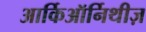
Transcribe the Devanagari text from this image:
आर्किऑर्निथीज़